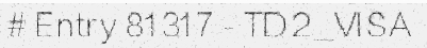
# Entry 81317 - TD2_VISA